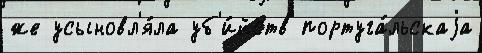
же усыновл'я́ла уб'и́йств португа́льскаjа